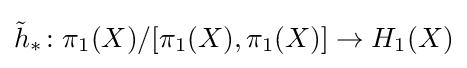
{\tilde {h}}_{*}\colon \pi _{1}(X)/[\pi _{1}(X),\pi _{1}(X)]\to H_{1}(X)